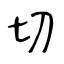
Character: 切